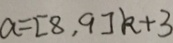
a = [ 8 , 9 ] k + 3